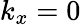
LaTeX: k_{x}=0